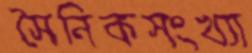
সৈনিকসংখ্যা